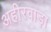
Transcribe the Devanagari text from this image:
अहीरवाड़ा